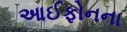
આઈફોનના